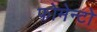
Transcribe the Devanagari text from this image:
फोमेन्टो